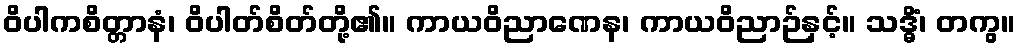
ဝိပါကစိတ္တာနံ၊ ဝိပါတ်စိတ်တို့၏။ ကာယဝိညာဏေန၊ ကာယဝိညာဉ်နှင့်။ သဒ္ဓိံ၊ တကွ။